Note on the mental hospitals in Burma - 1925-1940
Year: 1925
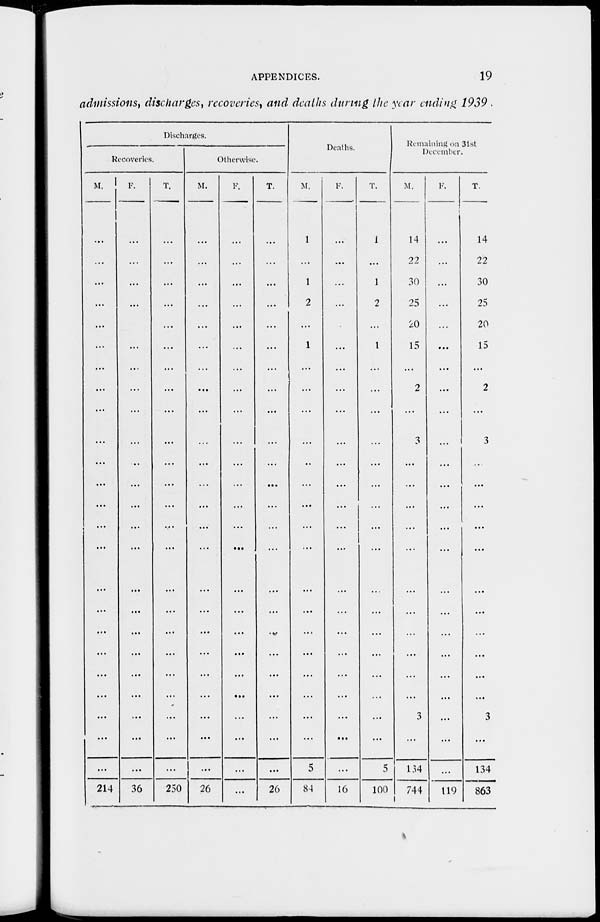
APPENDICES.
19
admissions, discharges, recoveries, and deaths during the year ending 1939 .
Discharges.
Recoveries.
M.
...
...
...
...
...
...
...
...
...
...
...
...
...
...
...
...
...
...
...
...
...
...
214
F.
...
...
...
...
...
...
...
...
...
...
...
...
...
...
...
...
...
...
...
...
...
...
36
T.
...
...
...
...
...
...
...
...
...
...
...
...
....
...
...
...
...
...
...
...
...
...
250
Otherwise.
M.
...
...
...
...
...
...
...
...
...
...
...
...
...
...
...
...
...
...
...
...
...
...
26
F.
...
...
...
...
...
...
...
...
...
...
...
...
...
...
...
...
...
...
...
...
...
...
...
T.
...
...
...
...
...
...
...
...
...
...
...
...
...
...
...
...
...
...
...
...
...
...
26
Deaths.
M.
1
...
1
2
...
1
...
...
...
...
...
...
...
...
...
...
...
...
...
...
...
5
84
F.
...
...
...
...
...
...
...
...
...
...
...
...
...
...
...
...
...
...
...
...
...
...
16
T.
1
...
1
2
...
1
...
...
...
...
...
...
...
...
...
...
...
...
...
...
...
5
100
Remaining on 31st
December.
M.
14
22
30
25
20
15
...
2
3
...
...
...
...
...
...
...
...
...
...
3
...
134
744
F.
...
...
...
...
...
...
...
...
...
...
...
...
...
...
...
...
...
...
...
...
...
...
119
T.
14
22
30
25
20
15
...
2
3
...
...
...
...
...
...
...
...
...
...
3
...
134
863